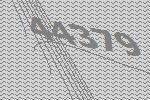
44379